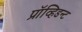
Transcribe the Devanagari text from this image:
प्रॉव्हिडन्ट